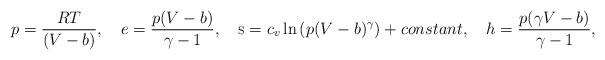
LaTeX: \begin{align*}p=\frac{RT}{(V-b)},~~~e=\frac{p(V-b)}{\gamma-1},~~~{\mbox{\scriptsize{S}}}=c_v\ln{(p(V-b)^{\gamma})}+constant,~~~h=\frac{p(\gamma{V}-b)}{\gamma-1},\end{align*}